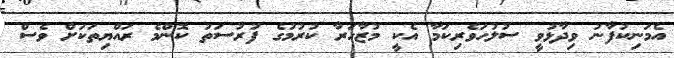
އެމަނިކުފާނު ވިދާޅުވީ ސުލުހަވެރިކަމާ އެކީ މުޒާހަރާ ކުރުމުގެ ފުރުސަތު ކޮންމެ ރައްޔިތަކަށް ވެސް